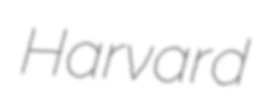
Harvard